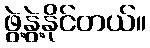
ဖွဲ့နွဲ့နိုင်တယ်။